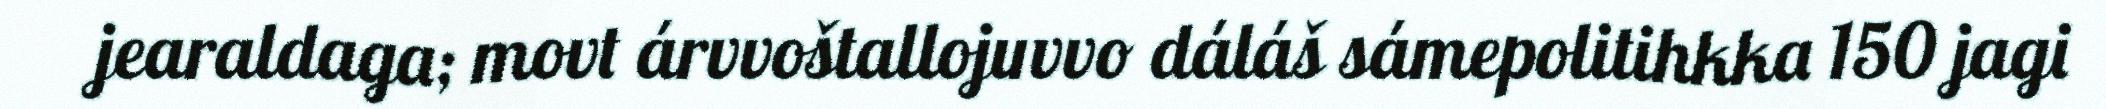
jearaldaga; movt árvvoštallojuvvo dáláš sámepolitihkka 150 jagi